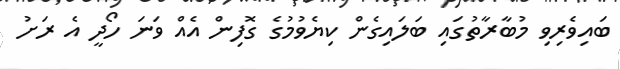
ބައިވެރިވި މުބާރާތުގައި ބަލައިގެން ކިޔެވުމުގެ ގޮފިން އެއް ވަނަ ހޯދީ އެ ރަށު